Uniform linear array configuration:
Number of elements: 16
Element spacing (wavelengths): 1
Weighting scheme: exponential
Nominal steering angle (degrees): -30
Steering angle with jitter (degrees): -28.975
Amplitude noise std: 0.05
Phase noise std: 0.05

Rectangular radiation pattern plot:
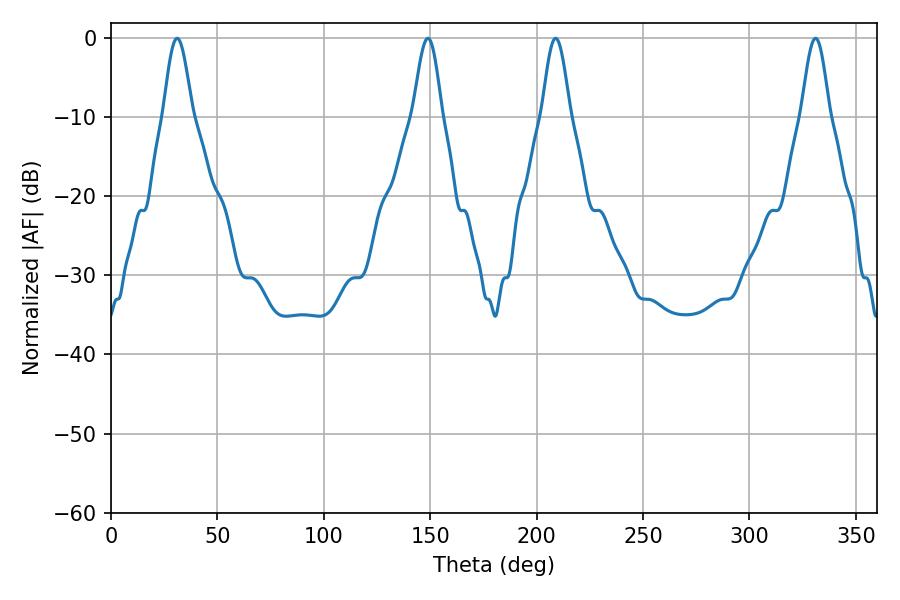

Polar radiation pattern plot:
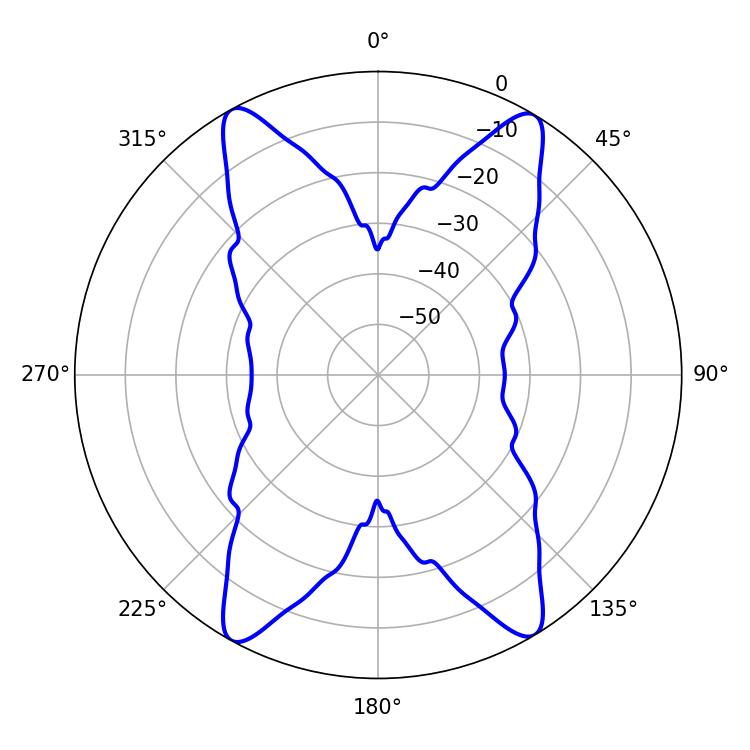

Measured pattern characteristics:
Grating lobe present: TRUE
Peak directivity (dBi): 21.176
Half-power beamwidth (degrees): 6.84
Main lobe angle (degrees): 208.98